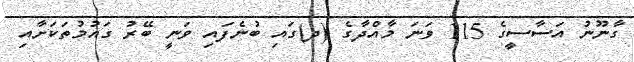
ގާނޫނު އަސާސީގެ 115 ވަނަ މާއްދާގެ (ދ)ގައި ބުނެފައި ވަނީ ބޭރު ގައުމުތަކަށާއި